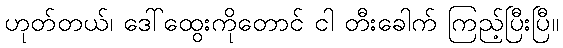
ဟုတ်တယ်၊ ဒေါ်ထွေးကိုတောင် ငါ တီးခေါက် ကြည့်ပြီးပြီ။